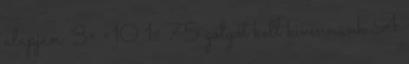
alapján: 3× ×10 1= 75 golyót kell kivennünk A